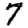
Digit: 7